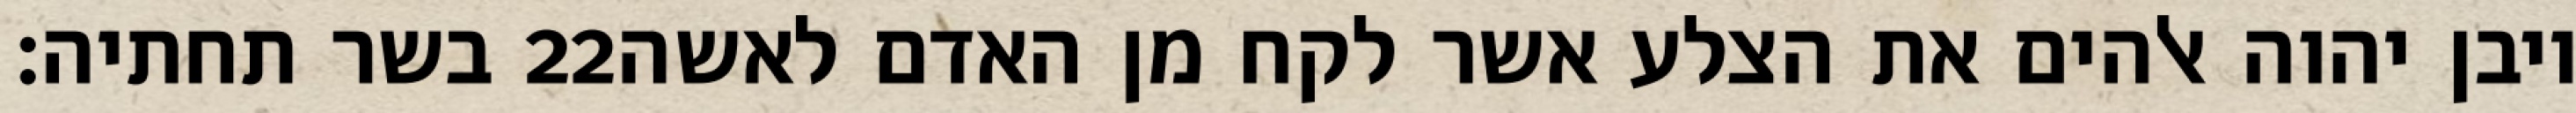
בשר תחתיה׃ ‎22‏ ויבן יהוה אלהים את הצלע אשר לקח מן האדם לאשה